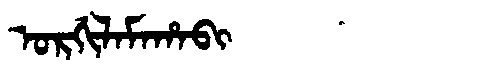
Manchu: ᠣᡵᡤᡳᠯᠠᠮᠠᡥᠠᠪᡳ
Romanization: ORGILAMAHABI